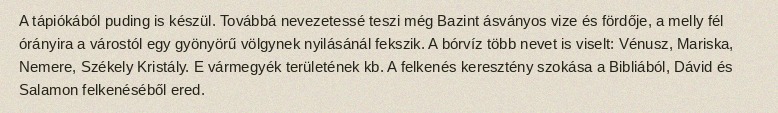
A tápiókából puding is készül. Továbbá nevezetessé teszi még Bazint ásványos vize és fördője, a melly fél órányira a várostól egy gyönyörű völgynek nyilásánál fekszik. A bórvíz több nevet is viselt: Vénusz, Mariska, Nemere, Székely Kristály. E vármegyék területének kb. A felkenés keresztény szokása a Bibliából, Dávid és Salamon felkenéséből ered.